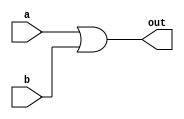
module or_gate(a,b,out);
    input a;
    input b;
    output out;

    assign out = a||b;
endmodule